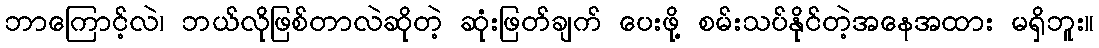
ဘာကြောင့်လဲ၊ ဘယ်လိုဖြစ်တာလဲဆိုတဲ့ ဆုံးဖြတ်ချက် ပေးဖို့ စမ်းသပ်နိုင်တဲ့အနေအထား မရှိဘူး။